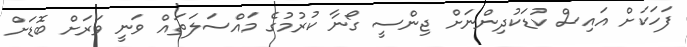
ފަހަކަށް އައިސް ކުޑަކުދިންނަށް ޖިންސީ ގޯނާ ކުރުމުގެ މައްސަލަތައް ވަނީ ވަރަށް ބޮޑަށް